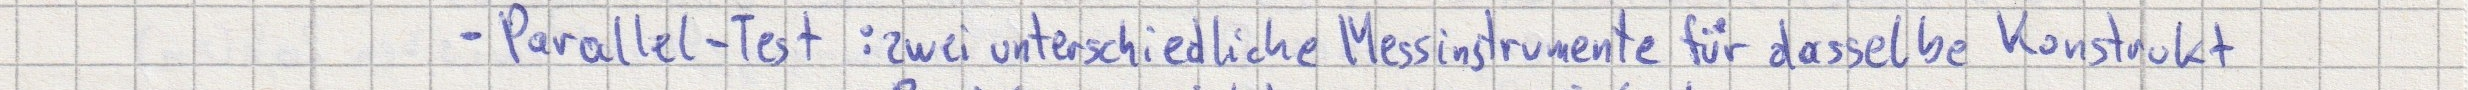
- Parallel-Test: zwei unterschiedliche Messinstrumente für dasselbe Konstrukt